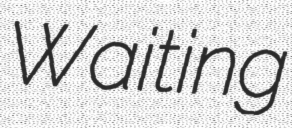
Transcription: Waiting